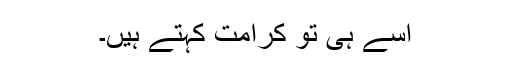
اسے ہی تو کرامت کہتے ہیں۔